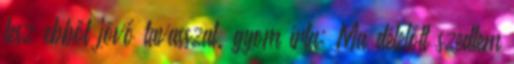
lesz ebből jövő tavasszal. gyom írta: Ma délelőtt szedtem